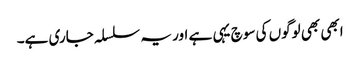
ابھی بھی لوگوں کی سوچ یہی ہے اور یہ سلسلہ جاری ہے۔